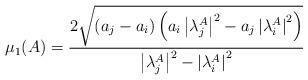
LaTeX: \begin{align*} \mu_1(A)=\frac{2\sqrt{\left(a_j-a_i\right)\left(a_i\left|\lambda_j^A\right|^2-a_j\left|\lambda_i^A\right|^2\right)}}{\left|\lambda_j^A\right|^2-\left|\lambda_i^A\right|^2} \end{align*}